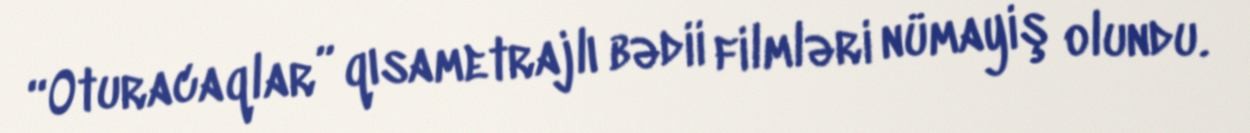
“Oturacaqlar” qısametrajlı bədii filmləri nümayiş olundu.